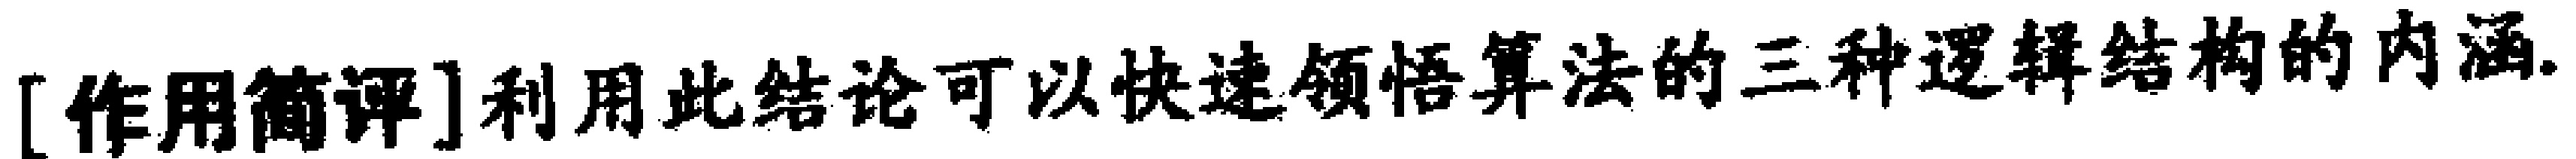
[作用简评]利用此结论可以快速领悟算法的三种逻辑结构的内涵.